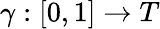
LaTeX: \gamma:\left[0,1\right]\rightarrow T